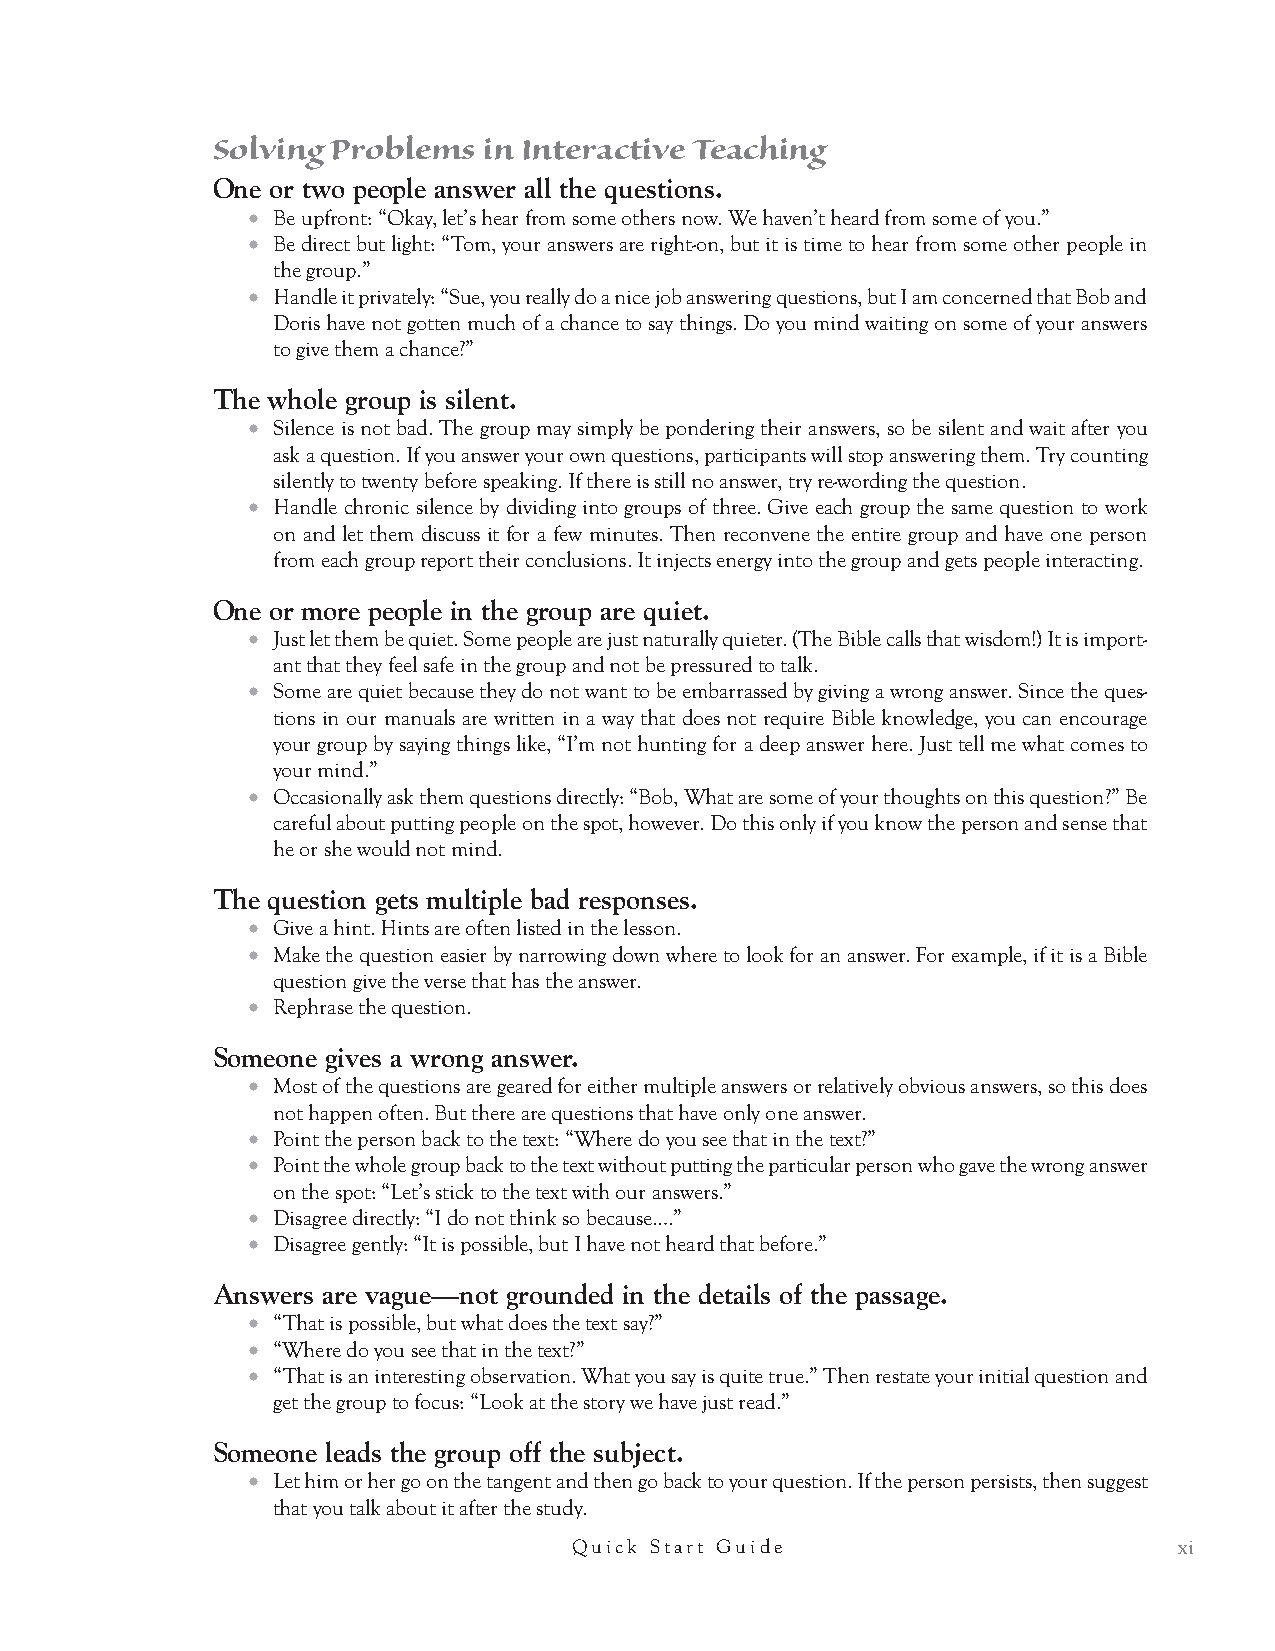
Learn the layout of a typical lesson.
 ● “10 mins”: The approximate duration of each point in a lesson is written next to the title of that point.
 They are estimates to help you plan.
 ● “Review”: Brief instruction which reviews the content of the previous lesson and shows how the cur-
 rent lesson fits the study unit as a whole.
 ● “Q.”: Interactive questions in bold type are the heart of the material.
 ●  “Teach”: A short section of instruction. Do not linger—they may be read briskly and without addi-
 tional comment.
 ●  “Draw”: A map, chart or sketch that illustrates a principle on a flip chart or whiteboard.
 ●   “Historical Background”: Introduces information about the cultural or historical setting of a
 biblical passage to illuminate the group’s understanding of the text.
 ● “Old Testament Background”: Similar to the Historical Background; provides Old Testament setting
 to the passage being examined in a lesson.
 ●  “Modern Culture”: Teaching point that demonstrates how our modern culture is in tension with
 a biblical worldview.
 ● “Theological Background”: Introduces theological ideas suggested by the text.
 ● “Person of Jesus Insight”: Ties text in with an insight about the person of Jesus.
 ●  “Literary Insight”: A Greek or Hebrew literary insight that brings the text to life.
 ●   “Personal Illustration”: An example, usually in the form of a personal story that helps apply the
 material in a lesson to the life of the participant. It’s ideal if you can come up with your own personal
 illustration.
 ● “Principle”: A concise, practical statement that applies to our lives.
 ●  “Teaching Tip”: Advice to the teacher about how to handle teaching or group interaction. Many tips
 to the teacher do not appear as a “Teaching Tip” but as italicized text in brackets. For example:
 1. [Write their answers.] (Always with the flip chart icon, as it is here.) Indicates that you should write
 their answers on the flip chart.
 2. [Teach what they do not say.] Indicates that there are nuances in the answer to a certain question that
 you will likely have to teach after participants have time to share their thoughts.
 See it taught.
 ● The interactive style is best caught. If you haven’t participated in a lesson, we strongly recommend
 watching the videos of a lesson being taught. Our Resource Library at seeJesus.net has three videos of
 our trainers teaching interactive lessons to a small group. Watching these videos will help you under-
 stand the style of interactive studies.
 Apply the lesson to your life.
 ● The church will be transformed and the world captured by the beauty of Jesus not because we are good
 teachers, but because people see Jesus in our lives. If we are just communicating abstract principles and
 not striving to obey, then we risk becoming and creating Pharisees. But if we are repentant and obedient
 before God, then others will see that our faith is authentic, and they will be drawn to repentance as well.
 Ask seeJesus for help. No question is too unimportant.
 We are only a phone call or email away:
 215.721.3113 or info@seeJesus.net.
 viii          Grace Through the Eyes of Jesus Interactive Bible Study